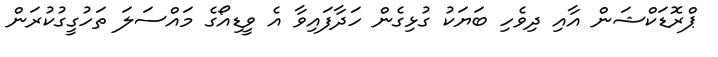
ޕްރޮޑަކްޝަން އާއި ދިވެހި ބަޔަކު ގުޅިގެން ހަދާފައިވާ އެ ވީޑިއޯގެ މައްސަލަ ތަހުގީގުކުރަން